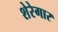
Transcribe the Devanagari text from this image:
शेरेगार